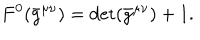
LaTeX: { } F ^ { 0 } ( \bar { g } ^ { \mu \nu } ) = \det ( \bar { g } ^ { \mu \nu } ) + 1 .